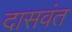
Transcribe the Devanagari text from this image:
दासवंत